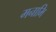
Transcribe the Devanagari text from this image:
मनाभि